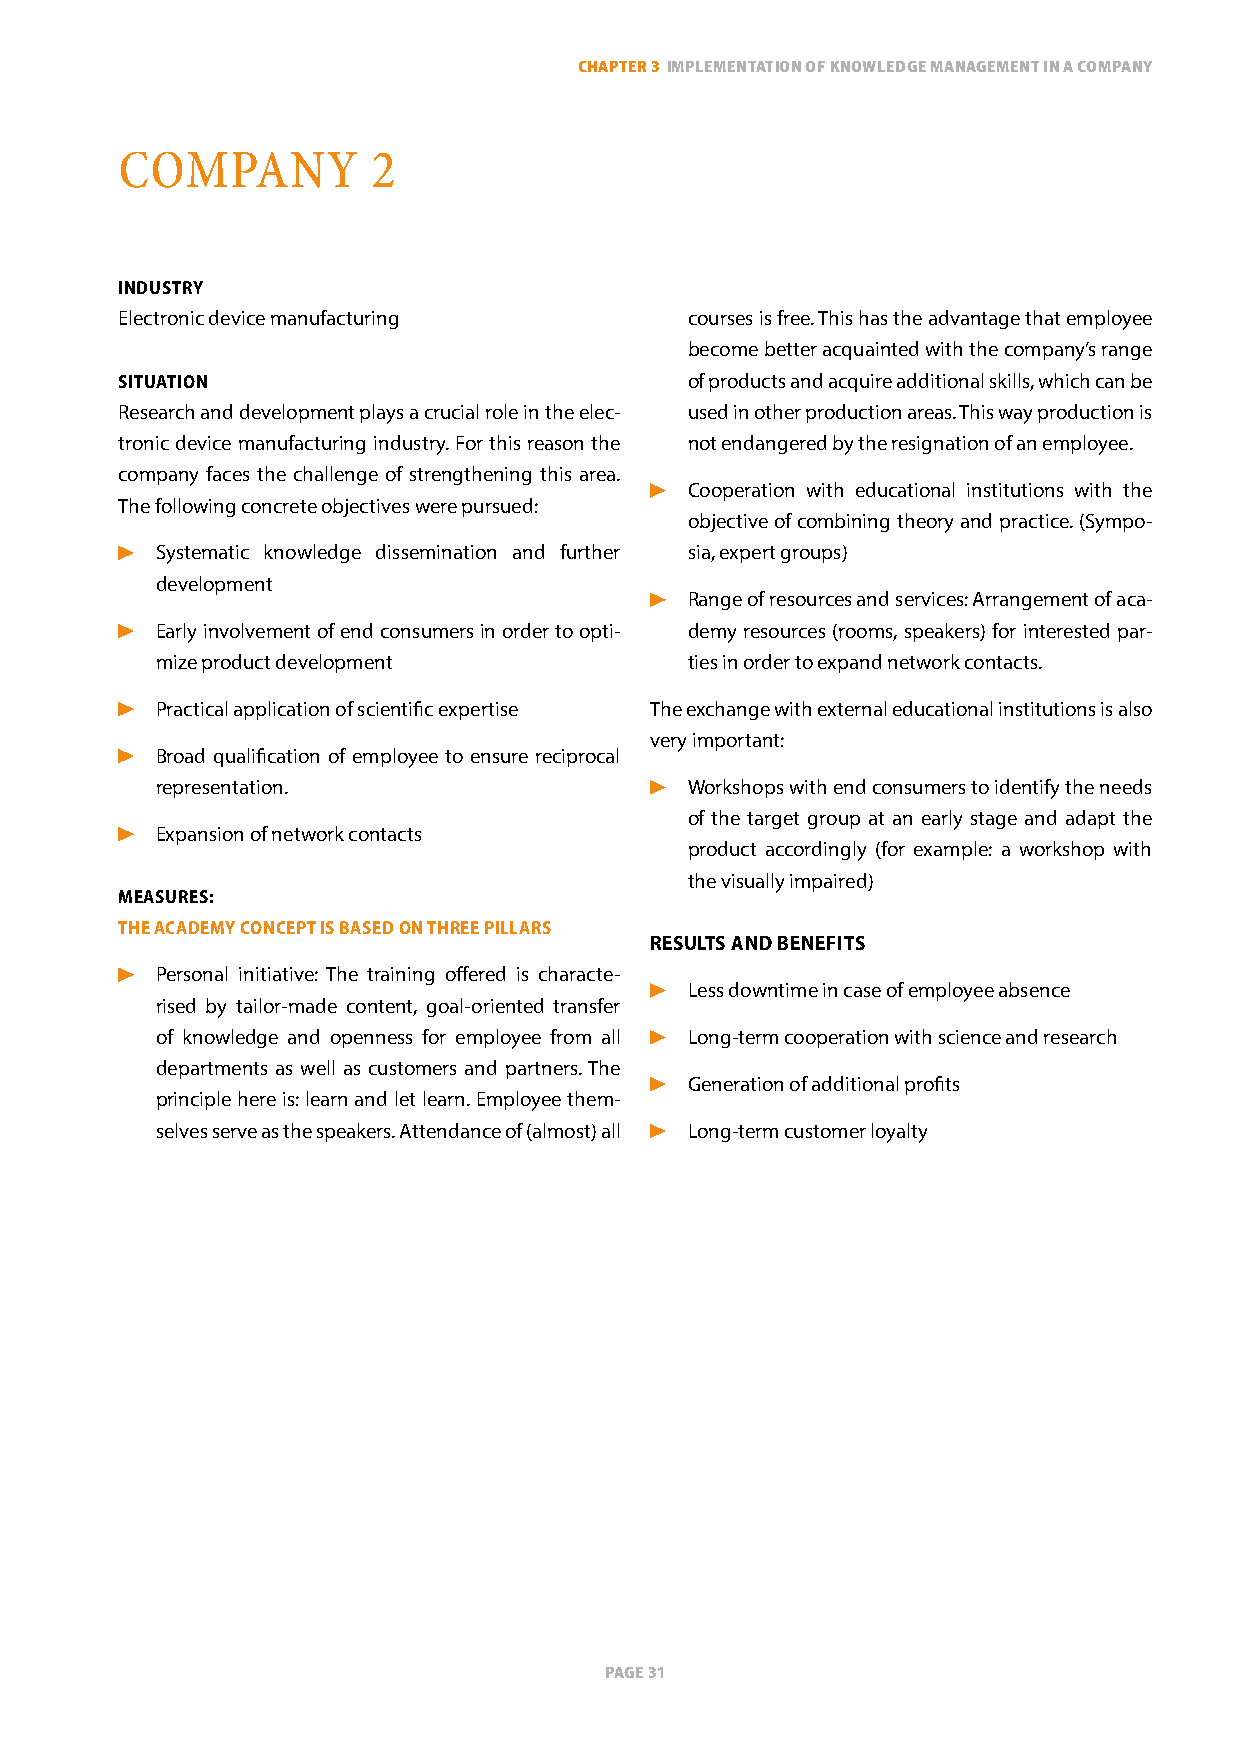
ChapTer 3 implemenTaTion of knowledge managemenT in a Company
 CoMPany          2
 iNdustry
 Electronic device manufacturing      courses is free. This has the advantage that employee
 become better acquainted with the company’s range
 situatioN                            of products and acquire additional skills, which can be
 Research and development plays a crucial role in the elec- used in other production areas. This way production is
 tronic device manufacturing industry. For this reason the not endangered by the resignation of an employee.
 company faces the challenge of strengthening this area.
 Cooperation with educational institutions with the
 The following concrete objectives were pursued:
 objective of combining theory and practice. (Sympo-
 Systematic knowledge dissemination and further sia, expert groups)
 development
 Range of resources and services: Arrangement of aca-
 Early involvement of end consumers in order to opti- demy resources (rooms, speakers) for interested par-
 mize product development           ties in order to expand network contacts.
 Practical application of scientific expertise The exchange with external educational institutions is also
 very important:
 Broad qualification of employee to ensure reciprocal
 representation.                    Workshops with end consumers to identify the needs
 of the target group at an early stage and adapt the
 Expansion of network contacts
 product accordingly (for example: a workshop with
 the visually impaired)
 measures:
 tHe academy coNcePt is based oN tHree Pillars
 results aNd beNeFits
 Personal initiative: The training offered is characte-
 less downtime in case of employee absence
 rised by tailor-made content, goal-oriented transfer
 of knowledge and openness for employee from all long-term cooperation with science and research
 departments as well as customers and partners. The
 Generation of additional profits
 principle here is: learn and let learn. Employee them-
 selves serve as the speakers. Attendance of (almost) all long-term customer loyalty
 page 31